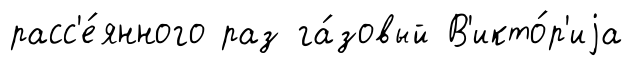
расс'е́янного раз га́зовый В'икто́р'иjа